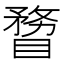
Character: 𥉠